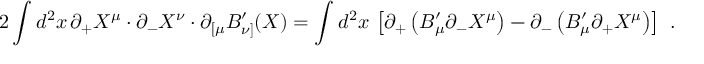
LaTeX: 2 \int d ^ { 2 } x \, \partial _ { + } X ^ { \mu } \cdot \partial _ { - } X ^ { \nu } \cdot \partial _ { [ \mu } B _ { \nu ] } ^ { \prime } ( X ) = \int d ^ { 2 } x \, \left[ \partial _ { + } \left( B _ { \mu } ^ { \prime } \partial _ { - } X ^ { \mu } \right) - \partial _ { - } \left( B _ { \mu } ^ { \prime } \partial _ { + } X ^ { \mu } \right) \right] \ .